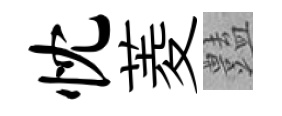
忱菱𧰟